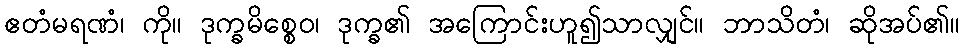
ဧတံမရဏံ၊ ကို။ ဒုက္ခမိစ္စေဝ၊ ဒုက္ခ၏ အကြောင်းဟူ၍သာလျှင်။ ဘာသိတံ၊ ဆိုအပ်၏။